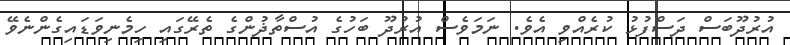
އުރުދޫބަސް ދަސްފުޅު ކުރެއްވި އެވެ. ނަމަވެސް އުރުދޫ ބަހުގެ އުސްތާޛުންގެ ތެރޭގައި ހިމެނިވަޑައިގެންނެވޭ